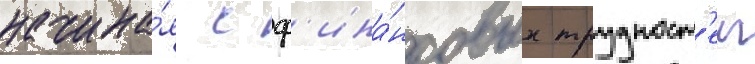
начина́я с ф'ина́нсовых трудност'еи